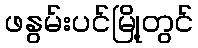
ဖနွမ်းပင်မြို့တွင်